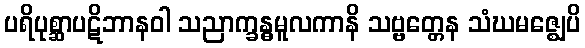
ပရိပုစ္ဆာပဋိဘာနဝါ သညာက္ခန္ဓမူလကာနိ သဗ္ဗတ္တေန သံဃမဇ္ဈေပိ